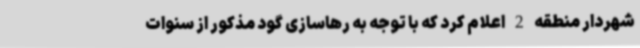
شهردار منطقه 2 اعلام کرد که با توجه به رهاسازی گود مذکور از سنوات